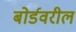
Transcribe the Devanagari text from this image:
बोर्डवरील